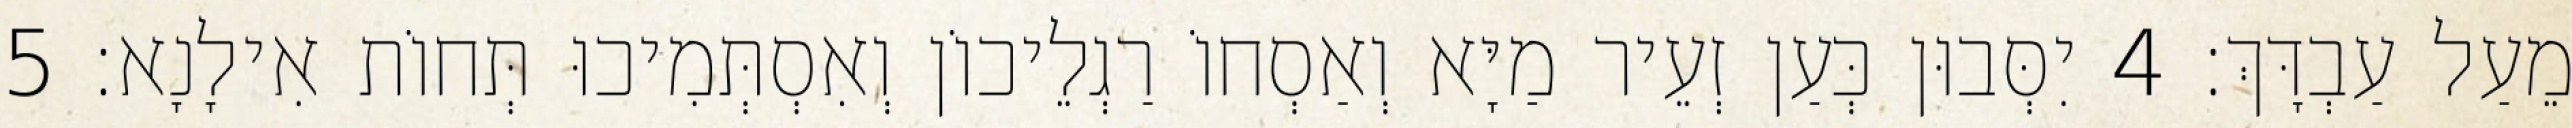
מֵעַל עַבְדָּךְ׃ 4 יִסְּבוּן כְּעַן זְעֵיר מַיָּא וְאַסְחוֹ רַגְלֵיכוֹן וְאִסְתְּמִיכוּ תְּחוֹת אִילָנָא׃ 5